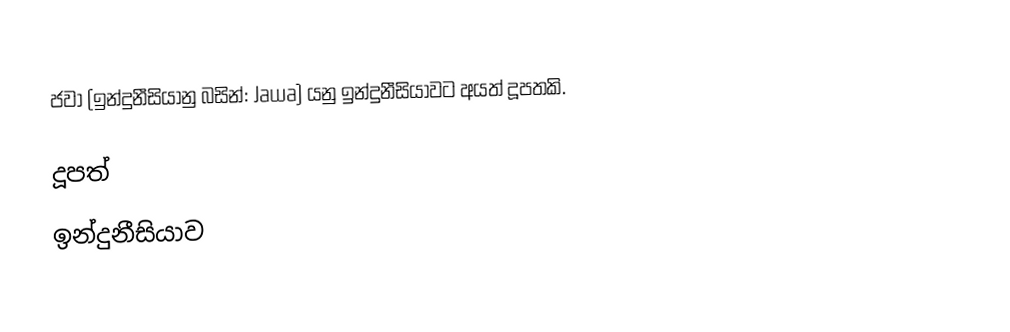
ජවා (ඉන්දුනීසියානු බසින්: Jawa) යනු ඉන්දුනීසියාවට අයත් දූපතකි.

දූපත්
ඉන්දුනීසියාව